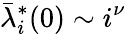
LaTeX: \bar{\lambda}_{i}^{*}(0)\sim i^{\nu}